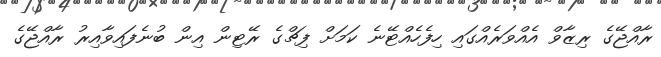
ރާއްޖޭގެ ރިޒާވް އެއްވަރެއްގައި ހިފެހެއްޓޭނެ ކަމަށް ފިޗްގެ ރޭޓިން އިން ބުނެފައިވާއިރު ރާއްޖޭގެ